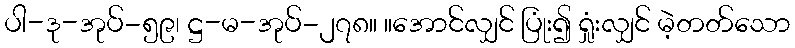
ပါ-ဒု-အုပ်-၅၉၊ ဋ္ဌ-မ-အုပ်-၂၇၈။ ။အောင်လျှင် ပြုံး၍ ရှုံးလျှင် မဲ့တတ်သော